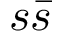
s \bar { s }